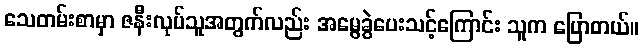
သေတမ်းစာမှာ ဇနီးလုပ်သူအတွက်လည်း အမွေခွဲပေးသင့်ကြောင်း သူက ပြောတယ်။